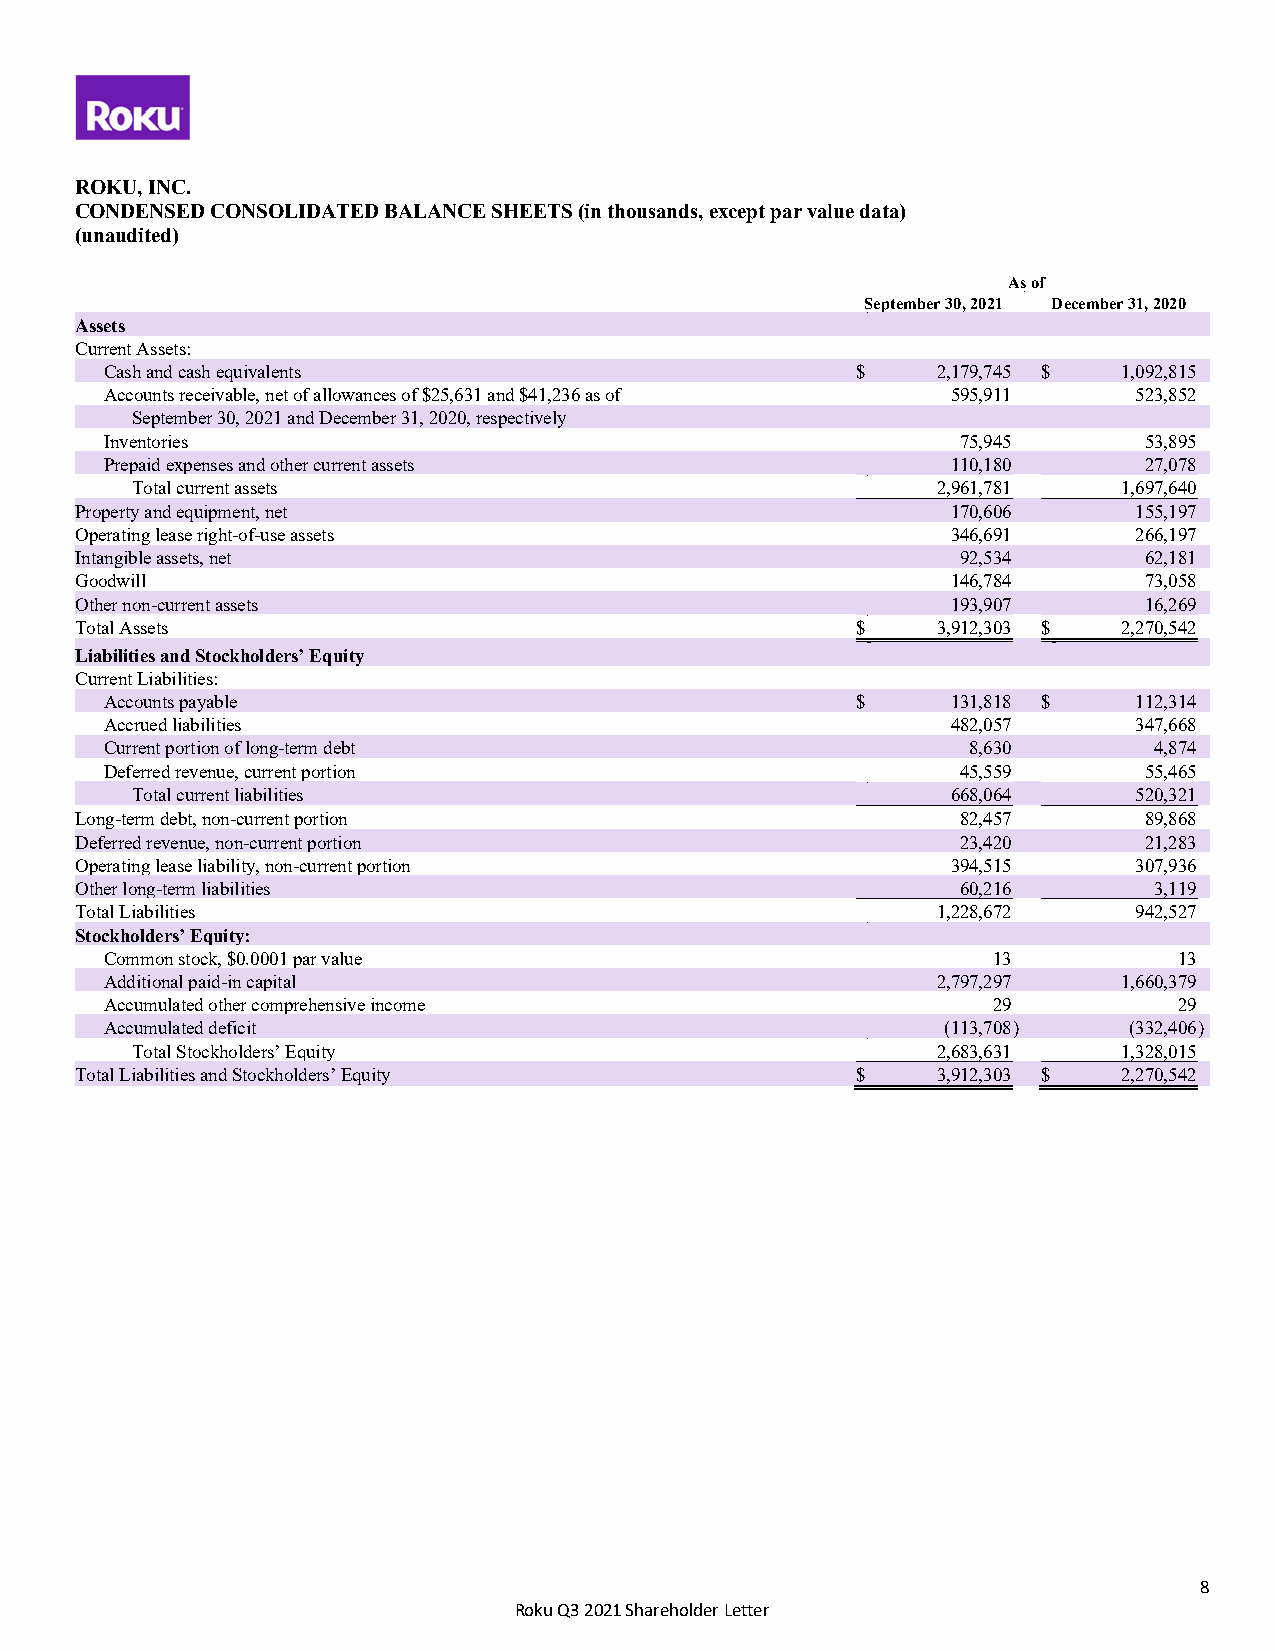
ROKU, INC.
 CONDENSED CONSOLIDATED BALANCE SHEETS (in thousands, except par value data)
 (unaudited)
 As of
 September 30, 2021 December 31, 2020
 Assets
 Current Assets:
 Cash and cash equivalents                         $    2,179,745 $ 1,092,815
 Accounts receivable, net of allowances of $25,631 and $41,236 as of 595,911 523,852
 September 30, 2021 and December 31, 2020, respectively
 Inventories                                              75,945      53,895
 Prepaid expenses and other current assets               110,180      27,078
 Total current assets                                 2,961,781   1,697,640
 Property and equipment, net                               170,606     155,197
 Operating lease right-of-use assets                       346,691     266,197
 Intangible assets, net                                     92,534      62,181
 Goodwill                                                  146,784      73,058
 Other non-current assets                                  193,907      16,269
 Total Assets                                        $    3,912,303 $ 2,270,542
 Liabilities and Stockholders’ Equity
 Current Liabilities:
 Accounts payable                                  $     131,818 $   112,314
 Accrued liabilities                                     482,057     347,668
 Current portion of long-term debt                        8,630       4,874
 Deferred revenue, current portion                        45,559      55,465
 Total current liabilities                             668,064     520,321
 Long-term debt, non-current portion                        82,457      89,868
 Deferred revenue, non-current portion                      23,420      21,283
 Operating lease liability, non-current portion            394,515     307,936
 Other long-term liabilities                                60,216      3,119
 Total Liabilities                                        1,228,672    942,527
 Stockholders’ Equity:
 Common stock, $0.0001 par value                            13          13
 Additional paid-in capital                             2,797,297   1,660,379
 Accumulated other comprehensive income                     29          29
 Accumulated deficit                                     (113,708 )  (332,406 )
 Total Stockholders’ Equity                           2,683,631   1,328,015
 Total Liabilities and Stockholders’ Equity          $    3,912,303 $ 2,270,542
 8
 Roku Q3 2021 Shareholder Letter